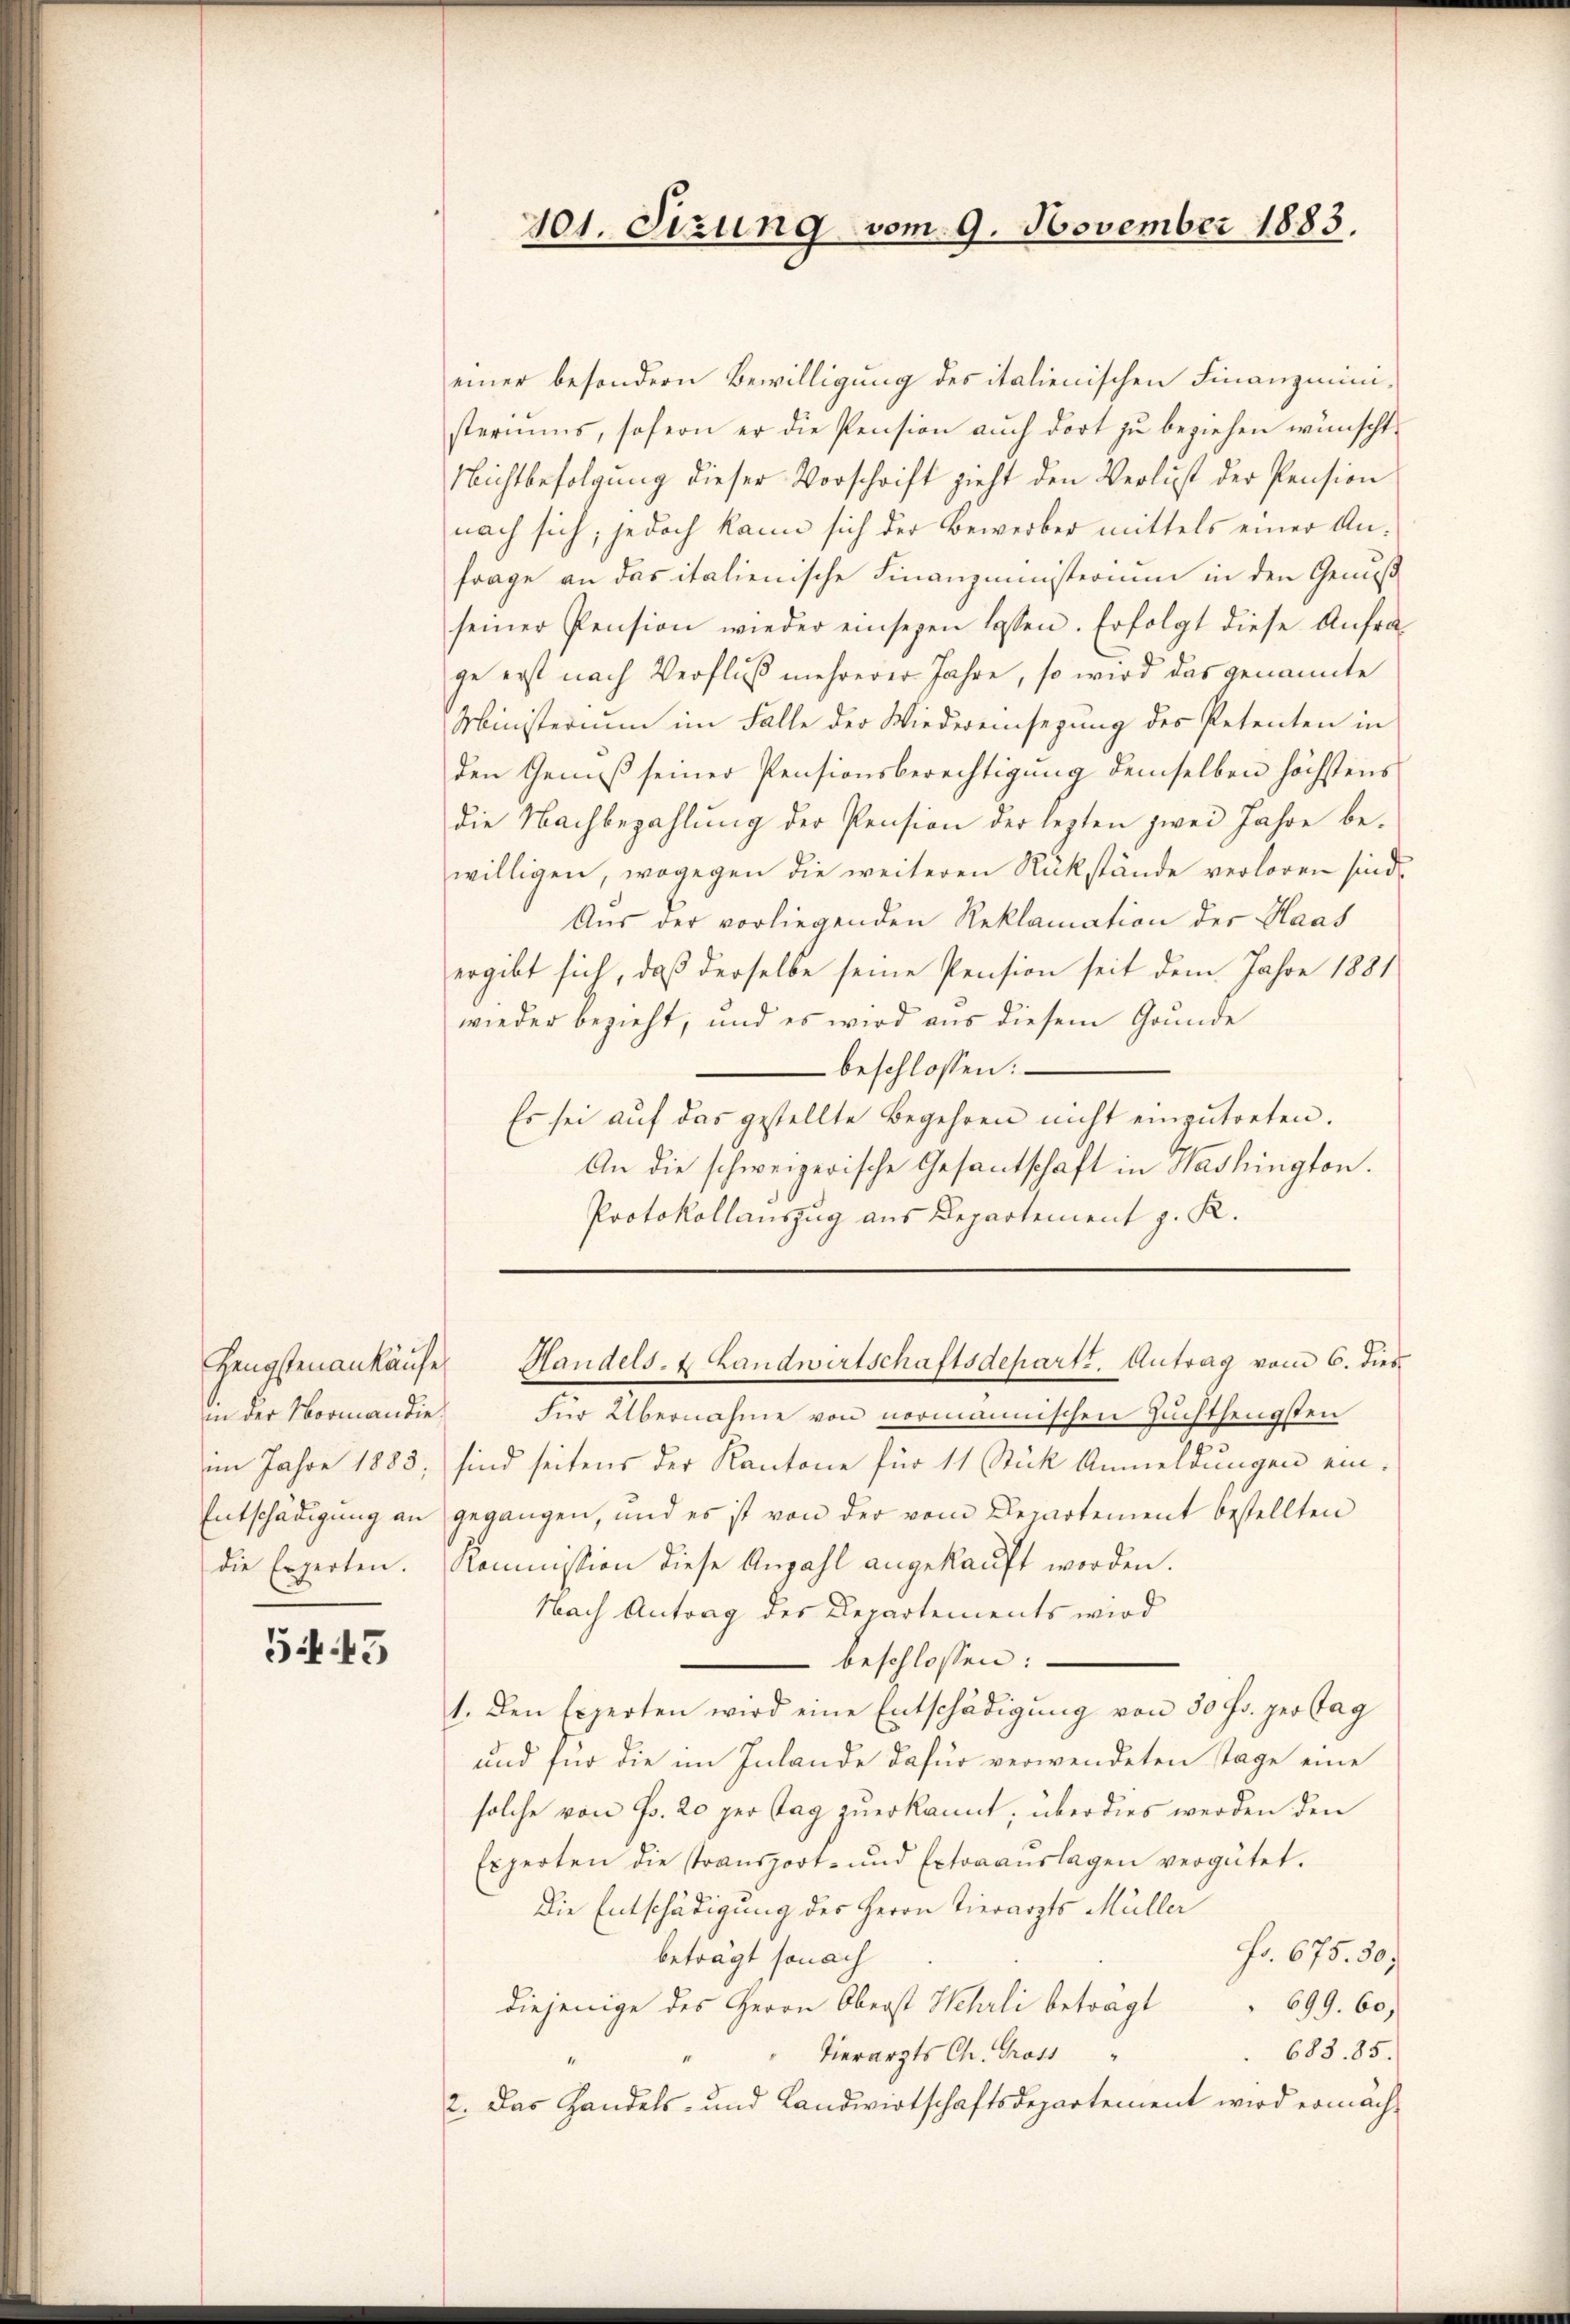
Zeugstenankäufe
in der Normandie

54. 43

einer besondern Bewilligung des italienischen Finanzministeriums, sofern er die Pension auch dort zu beziehen wünscht.
Nichtbefolgŭng dieser Vorschrift zieht den Verlust der Pension
nach sich, jedoch kann sich der Bewerber mittels einer Anfrage an das italienische Finanzministerium in den Genuß
seiner Pension wieder einsezen lassen. Erfolgt diese Anfra
ge erst nach Verfluß mehrerer Jahre, so wird das genannte
Ministerium im Falle der Wiedereinsezung des Petenten in
den Genuß seiner Pensionsberechtigung demselben höchstens
die Nachbezahlung der Pension der lezten zwei Jahre bewilligen, wogegen die weiteren Rükstände verloren sind,
Aus der vorliegenden Reklamation der Haas
ergibt sich, daß derselbe seine Pension seit dem Jahre 1881
wieder bezieht, und es wird aus diesem Grunde
beschlossen:
Es sei aŭf das gestellte Begehren nicht einzŭtreten.
An die schweizerische Gesantschaft in Washington.
Protokollauszug aus Departement z. K.

für Übernahme von normannischen Zuchthengsten
im Jahre 1883, sind seitens der Kantone für 11 Stück Anmeldungen ein¬
Entschädigung an gegangen, und es ist von der vom Departement bestellten
die Experten. Kommission diese Anzahl angekaŭft worden.
Nach Antrag des Departements wird
 beschlossen:
1. Den Eiserten wird eine Entschädigung von 50 Fr. perstag
und für die im Inlande dafür verwendeten Tage eine
solche von Fr. 20 per tag zuerkannt, überdies werden den
Experten die stransport- und Extraanslagen vergütet.
Die Entschädigung des Herrn Tierarzts Müller
Fr. 675. 50.
beträgt sonach
diejenige des Herrn Oberst Wehrli beträgt
699. 60,
688. 85.
Tierarzts Ch. Gross
2. Das Handels- und Landwirtschaftsdepartement wird ermäch¬

101. Sizung vom 9. November 1883.

Handels- & Landwirtschaftsdepartt. Antrag vom 6. dies